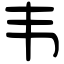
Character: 韦